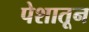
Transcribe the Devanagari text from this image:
पेशातून